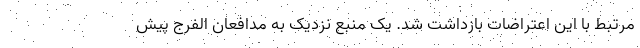
مرتبط با این اعتراضات بازداشت شد. یک منبع نزدیک به مدافعان الفرج پیش